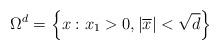
LaTeX: \begin{align*}\Omega ^{d}=\left\{ x:x_{1}>0,\left\vert \overline{x}\right\vert <\sqrt{d}\right\} \end{align*}